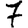
Digit: 7